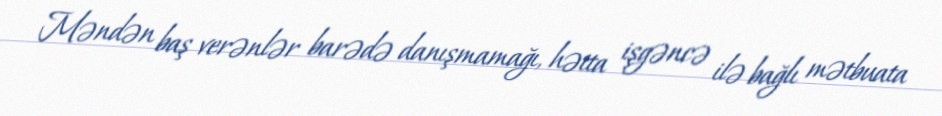
Məndən baş verənlər barədə danışmamağı, hətta işgəncə ilə bağlı mətbuata